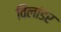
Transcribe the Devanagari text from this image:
विलांडर